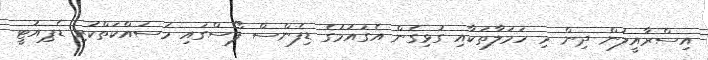
އިސްރާއީލުން ދިން މި ހަމަލާތަކާއި ގުޅިގެން އެގައުމުގެ ޑިފެންސް ފޯސްގައި މަސައްކަތްކުރި ޑެޕިއުޓީ